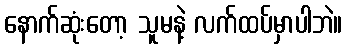
နောက်ဆုံးတော့ သူမနဲ့ လက်ထပ်မှာပါဘဲ။